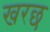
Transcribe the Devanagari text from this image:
खरछ